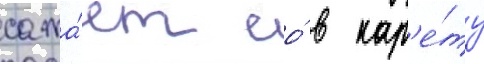
сажа́ет ео́ в кар'е́ту